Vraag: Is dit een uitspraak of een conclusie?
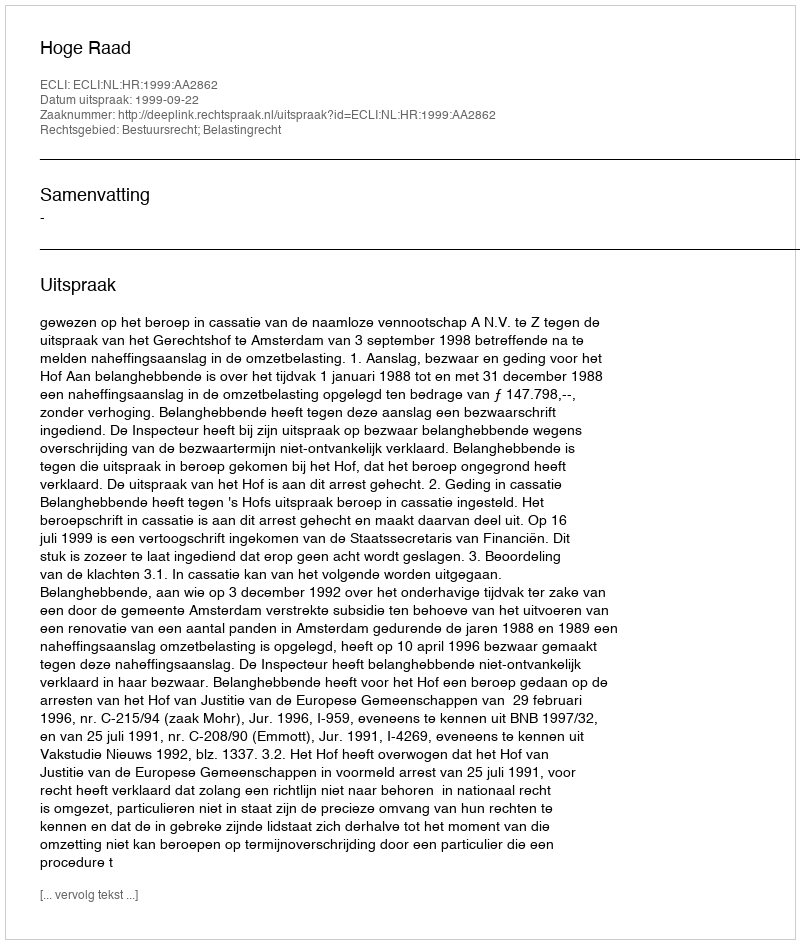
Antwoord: Uitspraak